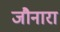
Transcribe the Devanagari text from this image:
जौनारा